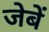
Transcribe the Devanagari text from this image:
जेबें